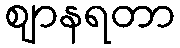
ဈာနရတာ